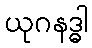
ယုဂနဒ္ဓါ